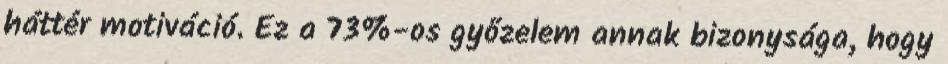
háttér motiváció. Ez a 73%-os győzelem annak bizonysága, hogy